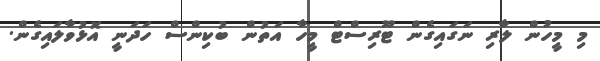
މި މީހުން ލާރި ނަގައިގެން ޓޫރިސްޓް މީހާ އަތުން ބުކިންސް ހަދަނީ އޮޅުވާލައިގެން.